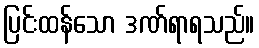
ပြင်းထန်သော ဒဏ်ရာရသည်။